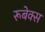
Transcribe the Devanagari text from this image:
रूबेक्स